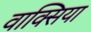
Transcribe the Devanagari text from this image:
वाक्सिया